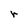
Character: r